Report of the Imperial Institute of Veterinary Research, Muktesar
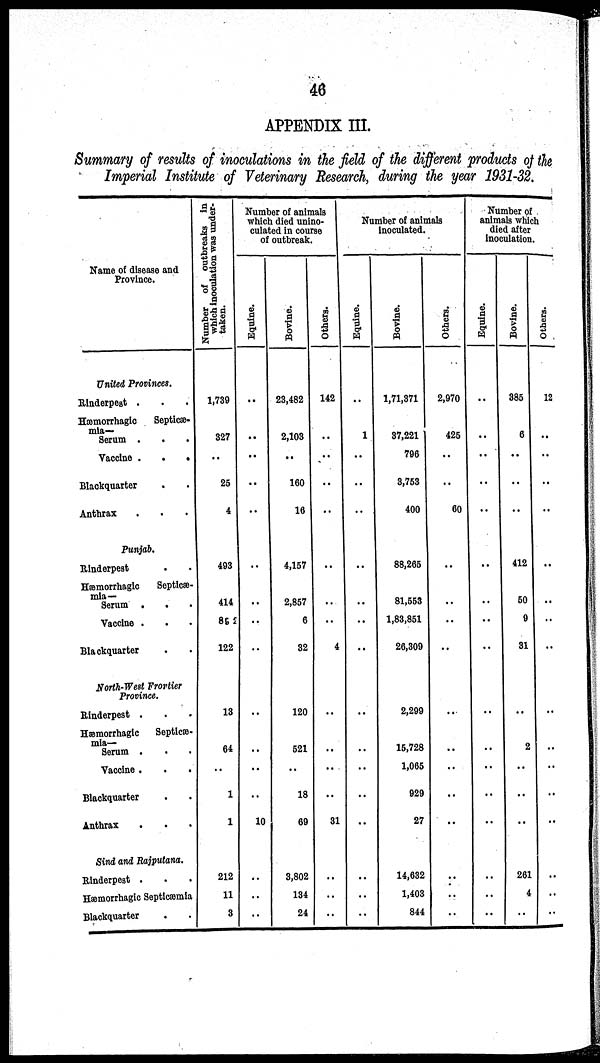
46
APPENDIX III.
Summary of results of inoculations in the field of the different products of the
Imperial Institute of Veterinary Research, during the year 1931-32.
Name of disease and
Province.
United Provinces.
Rinderpest .
Hæmorrhagic
Septicæ-
mia—
Serum .
Vaccine .
.
.
Blackquarter
Anthrax
Punjab.
Rinderpest
Hæmorrhagic
Septicæ-
mia—
Serum .
Vaccine .
Blackquarter
North-West Frontier
Province.
Rinderpest .
Hæmorrhagic Septicæ-
mia—
Serum .
Vaccine .
Blackquarter
Anthrax
Sind and Rajputana.
Rinderpest .
Hæmorrhagic Septicæmia
Blackquarter
Number of outbreaks in
which inoculation was under-
taken.
1,739
327
..
25
4
493
414
89 2
122
13
64
..
1
1
212
11
3
Number of animals
which died unino¬
culated in course
of outbreak.
Equine.
..
..
..
..
..
..
..
..
..
..
..
..
10
..
..
..
Bovine.
23,482
2,103
..
160
16
4,157
2,857
6
32
120
521
..
18
69
3,802
134
24
Others.
142
..
..
..
..
..
..
..
4
..
..
..
..
31
..
..
..
Number of animals
inoculated.
Equine.
..
1
..
..
..
..
..
..
..
..
..
..
..
..
..
..
..
Bovine.
1,71,371
37,221
796
3,753
400
88,265
81,553
1,83,851
26,309
2,299
15,728
1,065
929
27
14,632
1,403
844
Others.
2,970
425
..
..
60
..
..
..
..
..
..
..
..
..
..
..
..
Number of
animals which
died after
inoculation.
Equine.
..
..
..
..
..
..
..
..
..
..
..
..
..
..
..
..
Bovine.
385
6
..
412
50
9
31
..
2
..
..
..
261
4
..
Others.
12
..
..
..
..
..
..
..
..
..
..
..
..
..
..
..